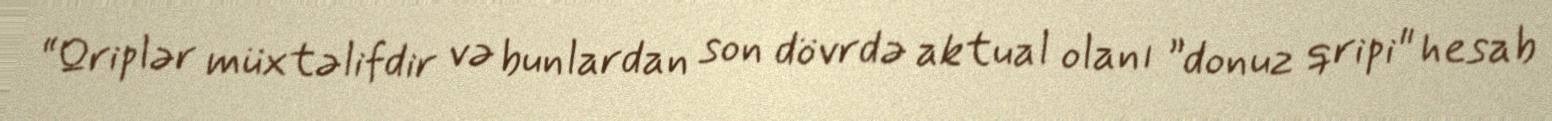
“Qriplər müxtəlifdir və bunlardan son dövrdə aktual olanı ”donuz qripi" hesab